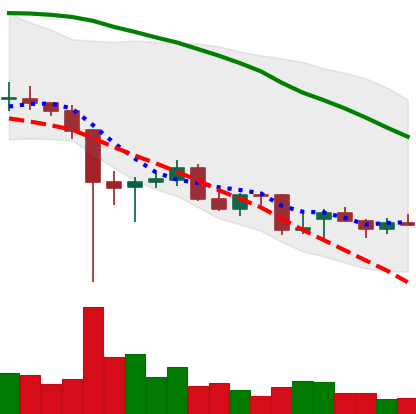
Ticker: ETC-USD
Chart end date: 2021-12-19
Forward return: 7.45%
Label: up_7plus